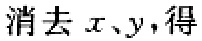
消去 \(x、y\)，得